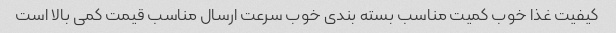
کیفیت غذا خوب کمیت مناسب بسته بندی خوب سرعت ارسال مناسب قیمت کمی بالا است